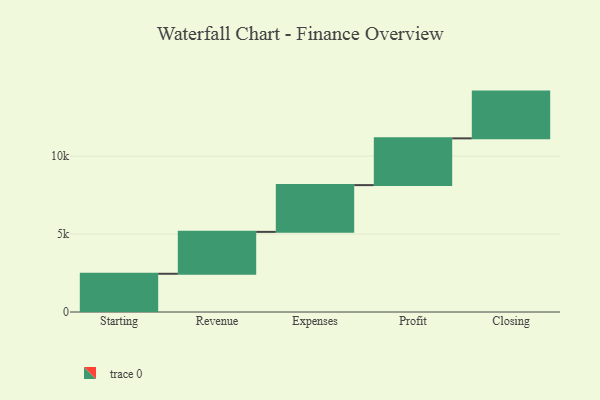
{"axis": {"x": "Step", "y": "Value"}, "legend": [""], "data": [{"x": "Starting", "y": 2453.0, "type": ""}, {"x": "Revenue", "y": 2688.0, "type": ""}, {"x": "Expenses", "y": 3000, "type": ""}, {"x": "Profit", "y": 3000, "type": ""}, {"x": "Closing", "y": 3000, "type": ""}]}